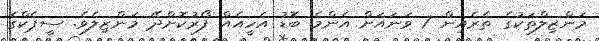
މަންޒިލްތަކުގެ ތެރެއިން 7 ވަނައަށް އެންމެ ބޮޑު އެހީއެއް ފޯރުކޮށްދޭ މަންޒިލެވެ. ސީޕެކްގެ